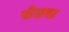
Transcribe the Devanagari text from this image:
सेलवा